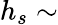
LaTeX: h_{s}\sim